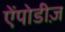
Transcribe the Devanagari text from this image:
ऐंपोडीज़